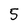
Character: 5